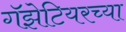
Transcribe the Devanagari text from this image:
गॅझेटियरच्या